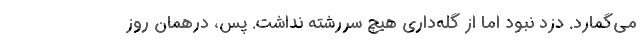
می‌گمارد. دزد نبود اما از گله‌داری هیچ سررشته نداشت. پس، درهمان روز